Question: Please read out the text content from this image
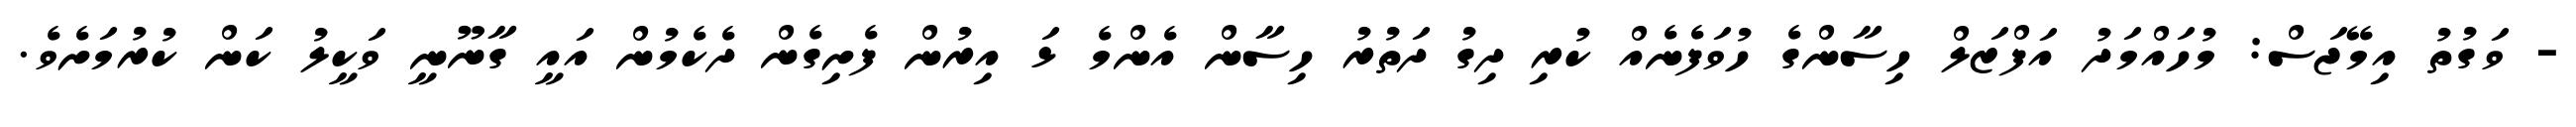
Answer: - ވަގުތު އިމޭޖަސް: މުހައްމަދު އަފްޒަލް ހިސާންގެ ހުވަފެނެއް ކުރި ދިގު ދަތުރު ހިސާން އެންމެ ޅަ އިރުން ފެށިގެން ދެކެމުން އައީ ގާނޫނީ ވަކީލު ކަން ކުރުމަށެވެ.